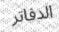
الدفاتر